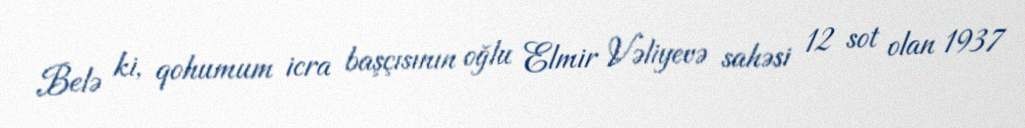
Belə ki, qohumum icra başçısının oğlu Elmir Vəliyevə sahəsi 12 sot olan 1937